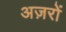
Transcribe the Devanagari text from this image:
अज़रों